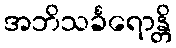
အဘိသင်္ခရောန္တိ